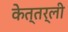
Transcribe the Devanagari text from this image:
केत्तर्ली